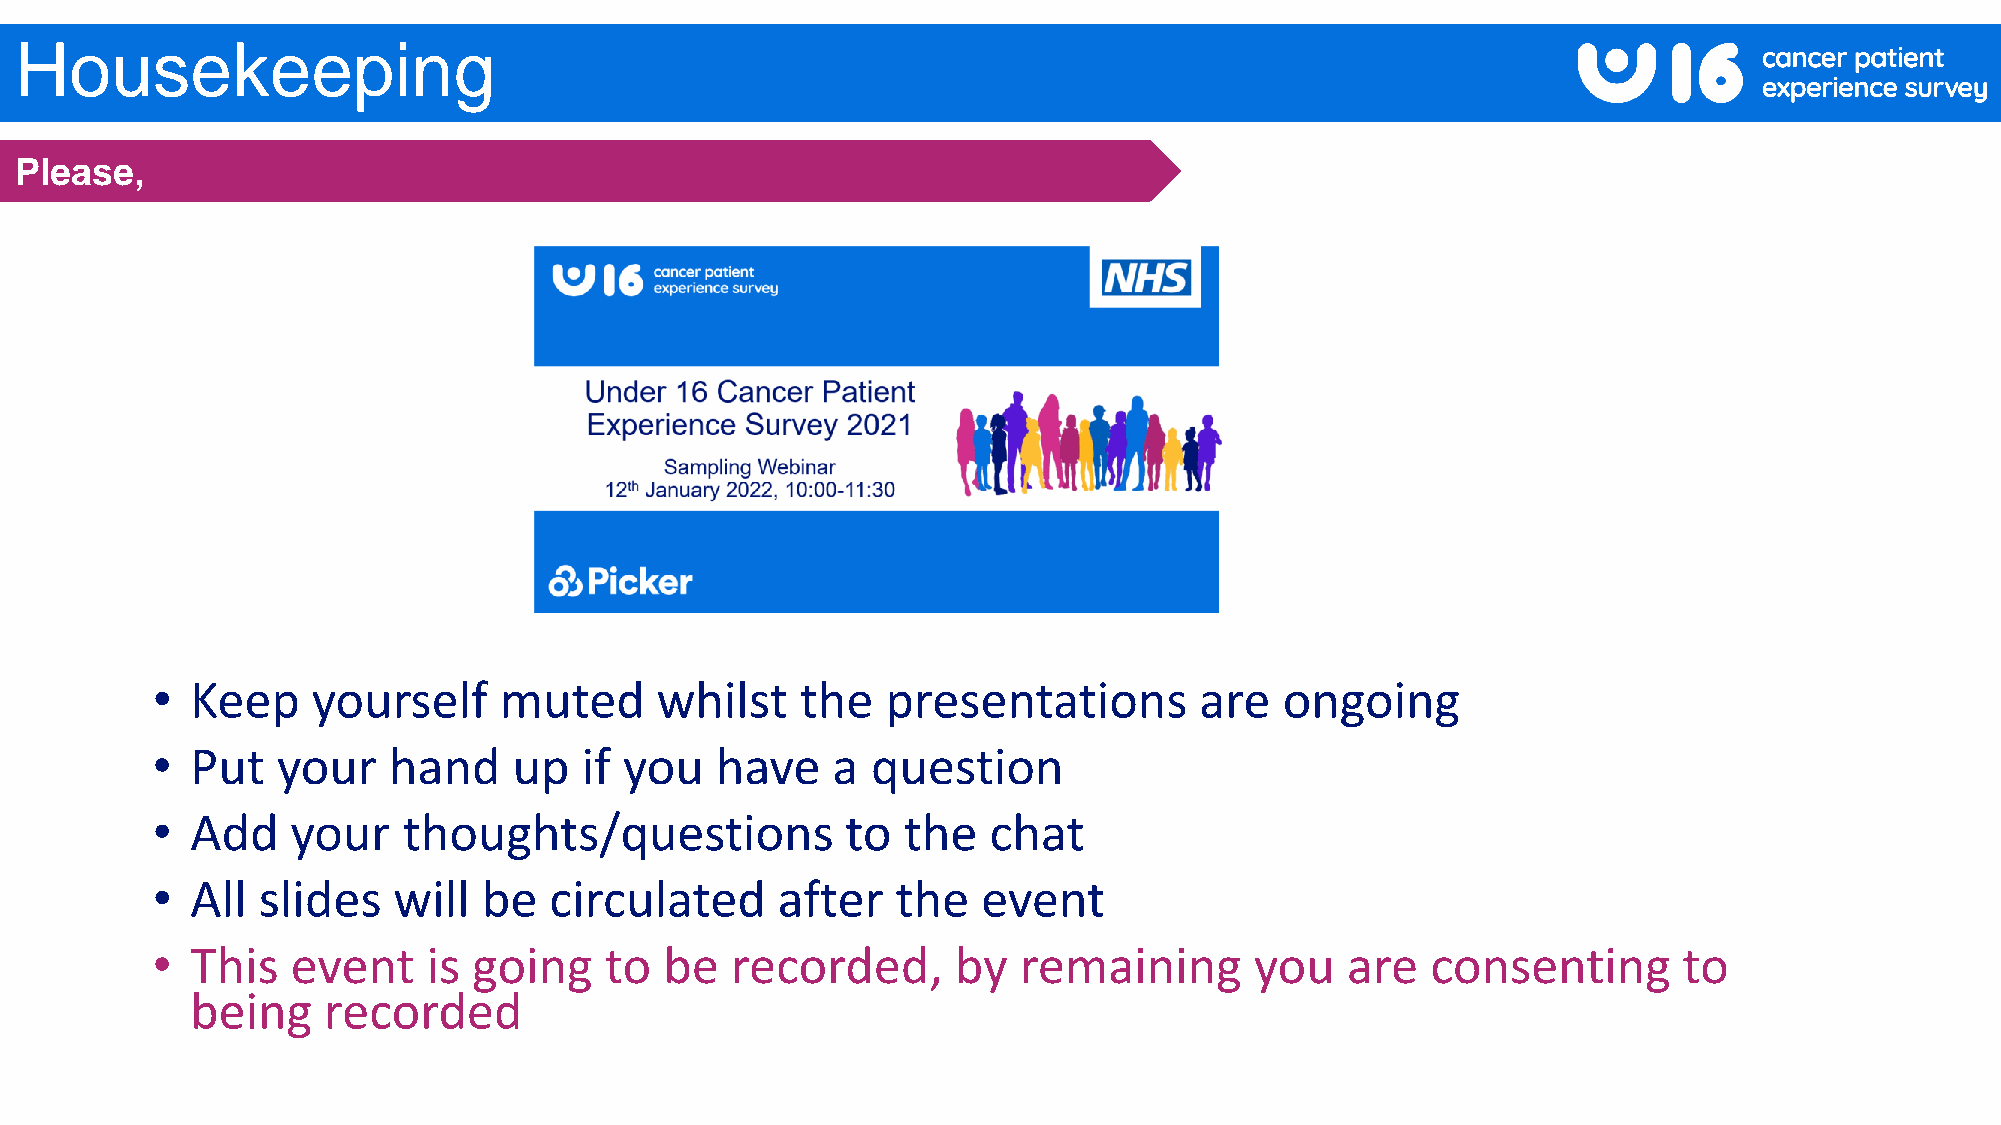
Housekeeping
 Please,
 •  Keep    yourself    muted     whilst    the   presentations       are   ongoing
 •  Put  your    hand    up  if you   have    a  question
 •  Add   your    thoughts/questions           to  the  chat
 •  All slides   will  be  circulated     after   the   event
 •  This  event    is going    to  be  recorded,      by  remaining       you   are   consenting      to
 being   recorded